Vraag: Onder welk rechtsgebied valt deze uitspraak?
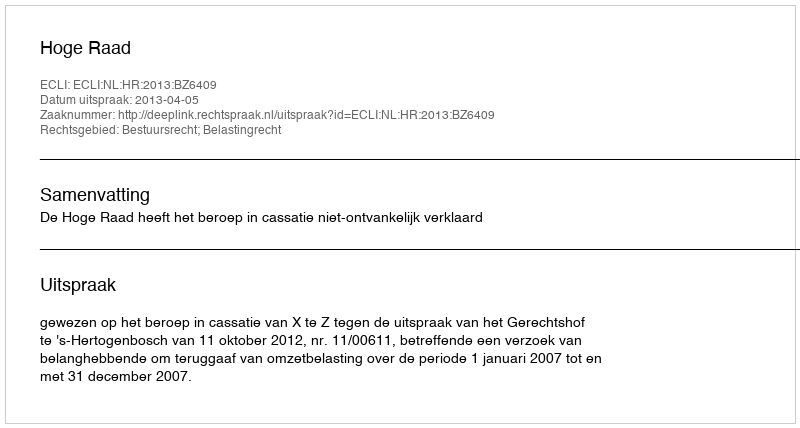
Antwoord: Bestuursrecht; Belastingrecht